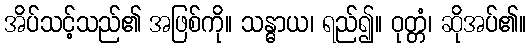
အိပ်သင့်သည်၏ အဖြစ်ကို။ သန္ဓာယ၊ ရည်၍။ ဝုတ္တံ၊ ဆိုအပ်၏။